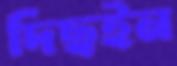
দিছইন